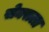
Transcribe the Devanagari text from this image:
सेक्सला